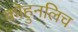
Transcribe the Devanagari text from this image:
कोहुनलिच